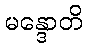
မန္ဒောတိ